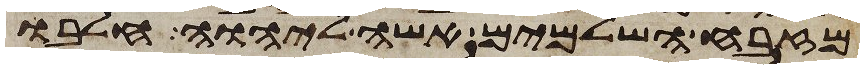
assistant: מזבח השלמים אשה ליהוה חלבו